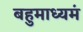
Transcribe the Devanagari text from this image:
बहुमाध्‍यमं